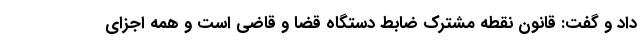
داد و گفت: قانون نقطه مشترک ضابط دستگاه قضا و قاضی است و همه اجزای